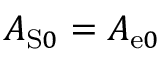
A _ { \mathrm { S } 0 } = A _ { \mathrm { e } 0 }